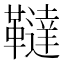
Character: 韃